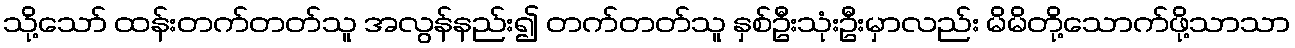
သို့သော် ထန်းတက်တတ်သူ အလွန်နည်း၍ တက်တတ်သူ နှစ်ဦးသုံးဦးမှာလည်း မိမိတို့သောက်ဖို့သာသာ